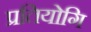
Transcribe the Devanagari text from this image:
प्रतियोगि